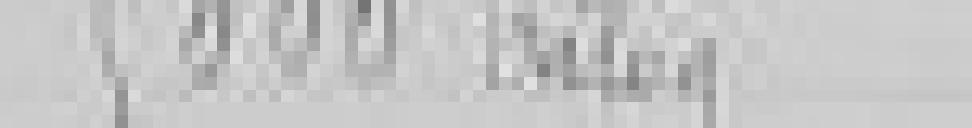
5000 kilogrammes